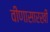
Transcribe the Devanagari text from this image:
वीणासारखी